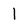
Character: l